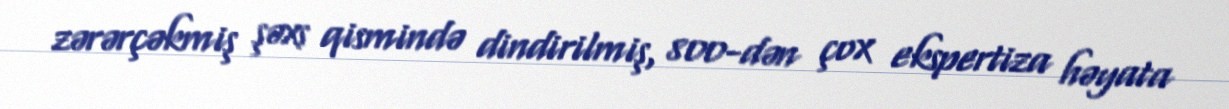
zərərçəkmiş şəxs qismində dindirilmiş, 800-dən çox ekspertiza həyata